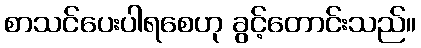
စာသင်ပေးပါရစေဟု ခွင့်တောင်းသည်။